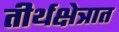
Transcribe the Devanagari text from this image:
तीर्थक्षेत्रात